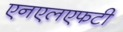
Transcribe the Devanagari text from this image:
एनएलएफटी